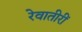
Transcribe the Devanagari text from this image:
रेवातीरीं